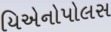
યિએનોપોલસ